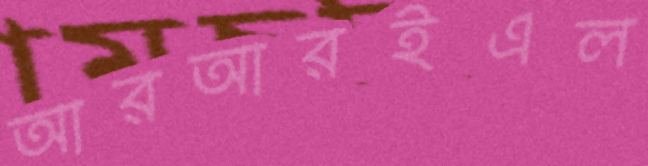
আরআরইএল